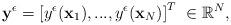
LaTeX: \begin{align*}\mathbf{y^\epsilon}=\left[y^\epsilon(\mathbf{x}_1),...,y^\epsilon(\mathbf{x}_N)\right]^T\ \in \mathbb{R}^N,\end{align*}